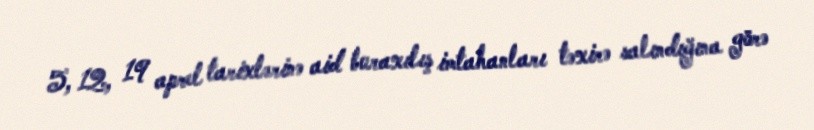
5, 12, 19 aprel tarixlərinə aid buraxılış imtahanları təxirə salındığına görə